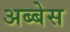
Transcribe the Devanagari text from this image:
अब्बेस